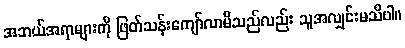
အဘယ်အရာများကို ဖြတ်သန်းကျော်လာမိသည်လည်း သူအလျှင်းမသိပါ။